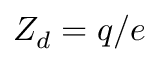
Z _ { d } = q / e